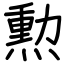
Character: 勲